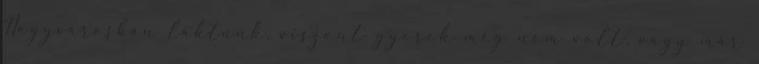
Nagyvárosban laktunk, viszont gyerek még nem volt, vagy már